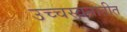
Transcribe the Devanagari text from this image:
उच्चस्वनातीत